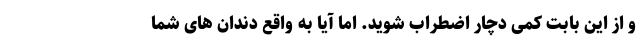
و از این بابت کمی دچار اضطراب شوید. اما آیا به واقع دندان های شما